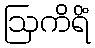
ဩကိရိံ